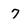
Character: 7